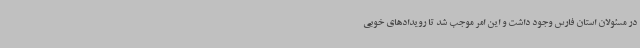
در مسئولان استان فارس وجود داشت و این امر موجب شد تا رویدادهای خوبی